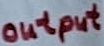
Text: output